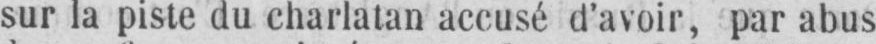
sur la piste du charlatan accusé d’avoir, par abus